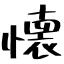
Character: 懐